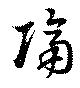
隔